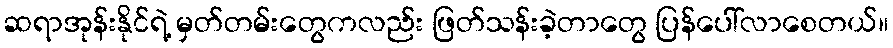
ဆရာအုန်းနိုင်ရဲ့ မှတ်တမ်းတွေကလည်း ဖြတ်သန်းခဲ့တာတွေ ပြန်ပေါ်လာစေတယ်။